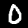
Label: 0